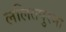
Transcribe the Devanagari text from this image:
ललितपुरमा